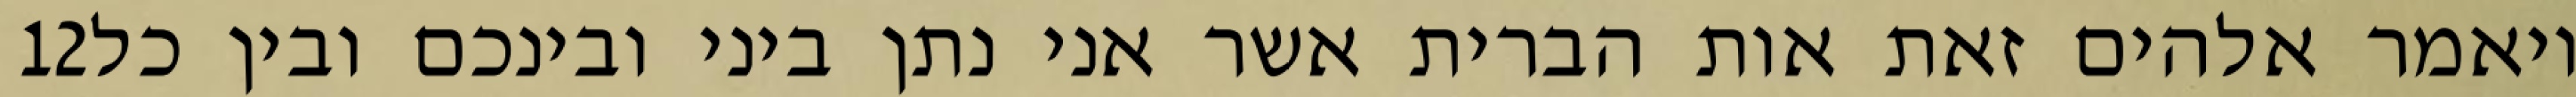
‎12‏ ויאמר אלהים זאת אות הברית אשר אני נתן ביני ובינכם ובין כל